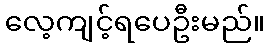
လေ့ကျင့်ရပေဦးမည်။